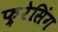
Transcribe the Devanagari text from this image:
फ़्रेसिंग